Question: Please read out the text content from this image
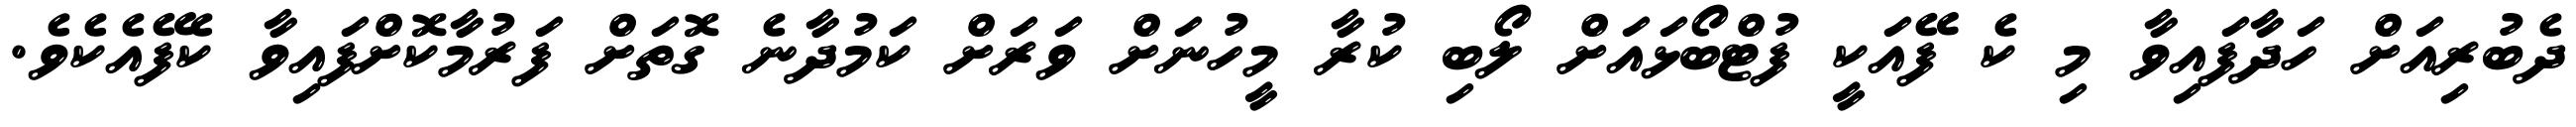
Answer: ދެބުރިއަށް ހަދާފައިވާ މި ކެ ފޭއަކީ ފުޓްބޯޅައަށް ލޯބި ކުރާ މީހުނަށް ވަރަށް ކަމުދާނެ ގޮތަށް ފަރުމާކޮށްފައިވާ ކެފޭއެކެވެ.